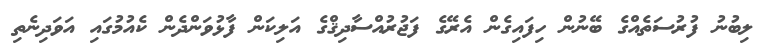
ލިބުނު ފުރުސަތެއްގެ ބޭނުން ހިފައިގެން އެރޭގެ ފަޖުރުއްސާދިޤްގެ އަލިކަން ފާޅުވަންދެން ކެއުމުގައި އަވަދިނެތި